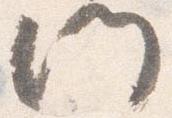
門